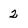
Character: 2